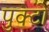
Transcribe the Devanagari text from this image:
पुक्टो